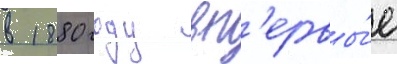
в 1880 году вп'ервы́е